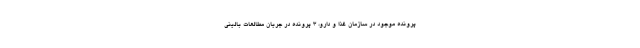
پرونده موجود در سازمان غذا و دارو، ۳ پرونده در جریان مطالعات بالینی